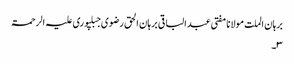
برہان الملت مولانا مفتی عبدالباقی برہان الحق رضوی جبلپوری علیہ الرحمۃ
۳۔